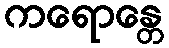
ကရောန္တေ